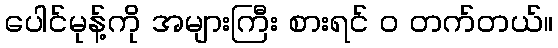
ပေါင်မုန့်ကို အများကြီး စားရင် ဝ တက်တယ်။